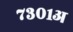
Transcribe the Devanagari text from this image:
७३०१अ